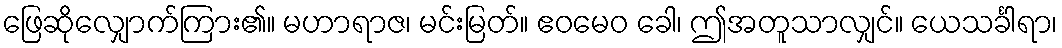
ဖြေဆိုလျှောက်ကြား၏။ မဟာရာဇ၊ မင်းမြတ်။ ဧဝမေဝ ခေါ၊ ဤအတူသာလျှင်။ ယေသင်္ခါရာ၊